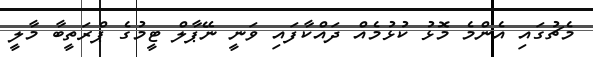
މެޗުގައި އެންމެ މޮޅު ކުޅުމެއް ދައްކާފައި ވަނީ ނޭޕާލް ޓީމުގެ ޕްރަތީބާ މާލީ